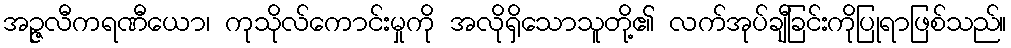
အဉ္ဇလီကရဏီယော၊ ကုသိုလ်ကောင်းမှုကို အလိုရှိသောသူတို့၏ လက်အုပ်ချီခြင်းကိုပြုရာဖြစ်သည်။